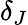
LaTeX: \delta_{J}